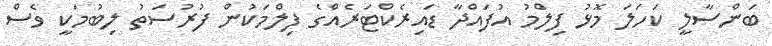
ބަންސާލީ ކަހަލަ މޮޅު ފިލްމު އުފައްދާ ޑައިރެކްޓަރެއްގެ ފިލްމަކުން ފުރުސަތު ލިބުމަކީ ވެސް